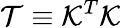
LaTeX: {\cal T}\equiv{\cal K}^{T}{\cal K}